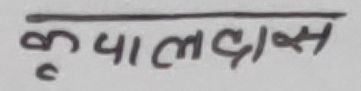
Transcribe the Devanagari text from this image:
कृपालदास